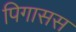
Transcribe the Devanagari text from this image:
पिगासस